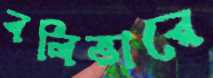
বলিভারে